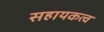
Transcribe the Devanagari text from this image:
सहायकत्व